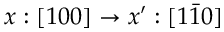
x : [ 1 0 0 ] \rightarrow x ^ { \prime } : [ 1 \bar { 1 } 0 ]